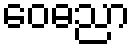
ဝေဓညာ